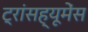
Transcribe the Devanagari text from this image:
ट्रांसह्यूमेंस